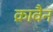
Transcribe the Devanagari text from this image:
क्रावैन